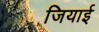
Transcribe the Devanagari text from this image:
जियाई